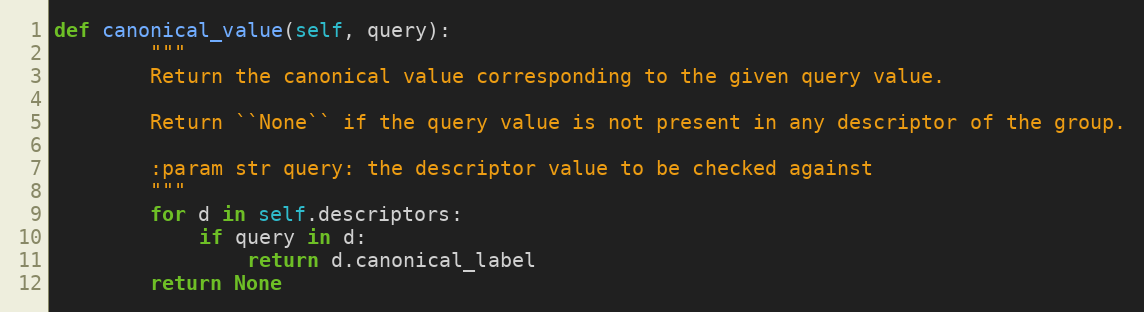
Language: Python
def canonical_value(self, query):
        """
        Return the canonical value corresponding to the given query value.

        Return ``None`` if the query value is not present in any descriptor of the group.

        :param str query: the descriptor value to be checked against
        """
        for d in self.descriptors:
            if query in d:
                return d.canonical_label
        return None